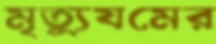
মৃত্যুযমের